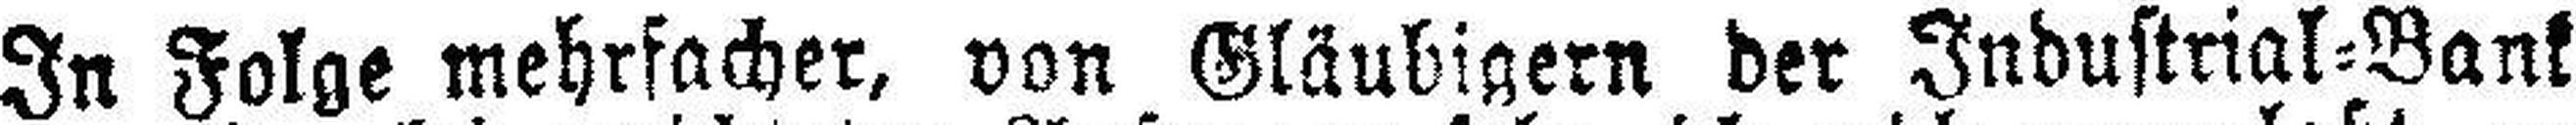
In Folge mehrfacher, von Gläubigern der Industrial=Bank